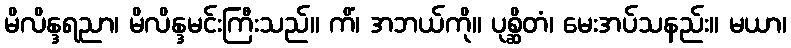
မိလိန္ဒရညာ၊ မိလိန္ဒမင်းကြီးသည်။ ကိံ၊ အဘယ်ကို။ ပုစ္ဆိတံ၊ မေးအပ်သနည်း။ မယာ၊